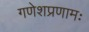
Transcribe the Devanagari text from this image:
गणेशप्रणामः